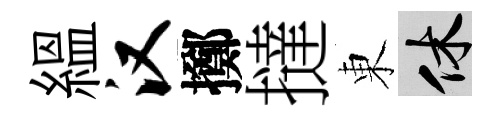
緼汉擲撻東休